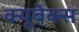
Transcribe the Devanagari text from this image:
क्यूबेक्स